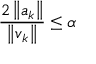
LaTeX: { \frac { 2 \left\| { \boldsymbol { a } } _ { k } \right\| } { \left\| { \boldsymbol { v } } _ { k } \right\| } } \leq \alpha